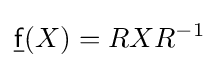
{\underline {\mathsf {f}}}(X)=RXR^{-1}